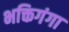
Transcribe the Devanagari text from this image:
भक्तिगंगा